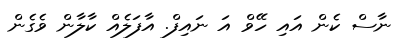
ނާސް ކެން އައި ހޭވް އަ ނައިފް. އާފަލެއް ކާލާން ވެގެން